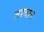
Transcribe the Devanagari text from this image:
तश्बान